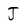
Character: J